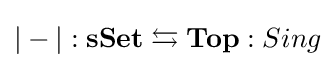
|-|:\mathbf {sSet} \leftrightarrows \mathbf {Top} :Sing